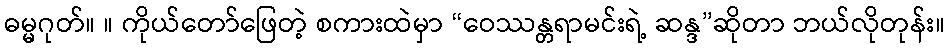
ဓမ္မဂုတ်။ ။ ကိုယ်တော်ဖြေတဲ့ စကားထဲမှာ “ဝေဿန္တရာမင်းရဲ့ ဆန္ဒ”ဆိုတာ ဘယ်လိုတုန်း။